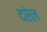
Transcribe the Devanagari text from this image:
दरेल